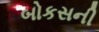
બોકસની